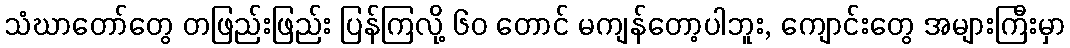
သံဃာတော်တွေ တဖြည်းဖြည်း ပြန်ကြလို့ ၆၀ တောင် မကျန်တော့ပါဘူး, ကျောင်းတွေ အများကြီးမှာ